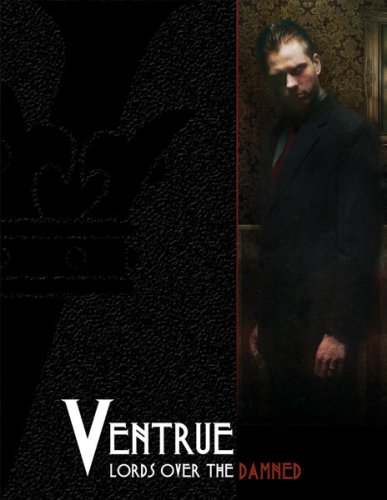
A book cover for Ventrue: Lords Over the Damned (Vampire the Requiem); Will Hindmarch; Science Fiction & Fantasy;